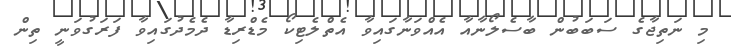
މި ނަތިޖާގެ ސަބަބުން ބާސެލޯނާއާ އެއްވަނާގައިވާ އެތްލެޓިކޯ މެޑްރިޑާ ދެމެދުގައިވާ ފަރަގުވަނީ ތިން